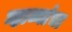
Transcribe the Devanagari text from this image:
न्हाव्यांचा